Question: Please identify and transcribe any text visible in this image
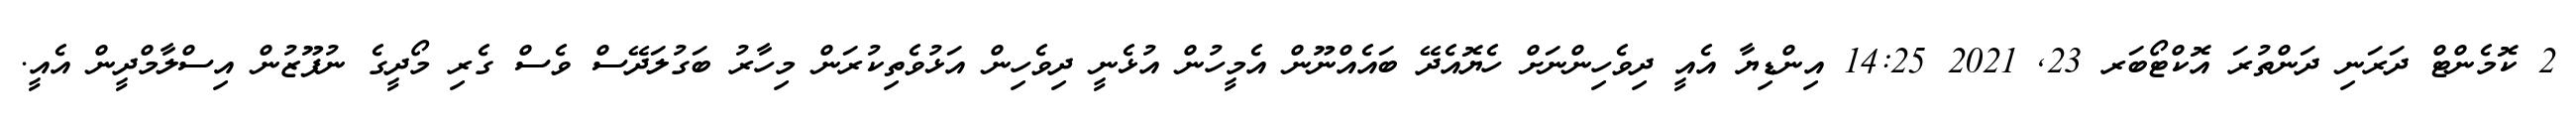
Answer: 2 ކޮމެންޓް ދަރަނި ދަންތުރަ އޮކްޓޯބަރ 23, 2021 14:25 އިންޑިޔާ އެއީ ދިވެހިންނަށް ހެޔޮއެދޭ ބައެއްނޫން އެމީހުން އުޅެނީ ދިވެހިން އަޅުވެތިކުރަން މިހާރު ބަގުލަދޭސް ވެސް ގެރި މޯދީގެ ނުފޫޒުން އިސްލާމްދީން އެއީ.